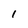
Character: I